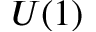
U ( 1 )